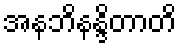
အနဘိနန္ဒိတာတိ